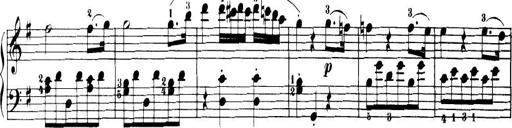
Title: 32 Sonatinas and Rondos for the Piano
Composer: Richard Kleinmichel